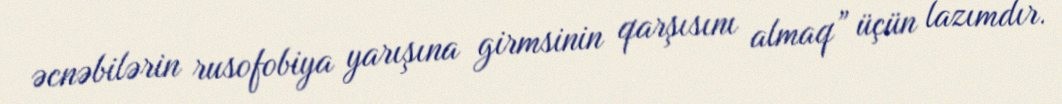
əcnəbilərin rusofobiya yarışına girmsinin qarşısını almaq” üçün lazımdır.